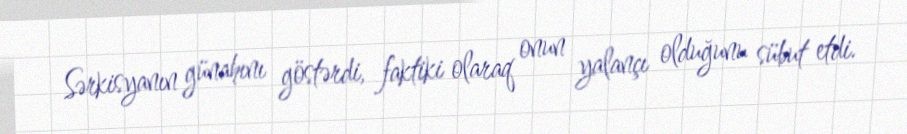
Sərkisyanın günahını göstərdi, faktiki olaraq onun yalançı olduğunu sübut etdi.